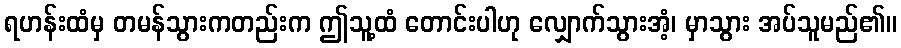
ရဟန်းထံမှ တမန်သွားကတည်းက ဤသူ့ထံ တောင်းပါဟု လျှောက်သွားအံ့၊ မှာသွား အပ်သူမည်၏။